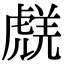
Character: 𧇞